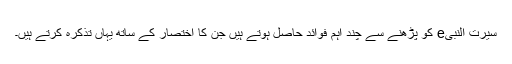
سیرت النبیe کو پڑھنے سے چند اہم فوائد حاصل ہوتے ہیں جن کا اختصار کے ساتھ یہاں تذکرہ کرتے ہیں۔